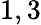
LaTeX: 1,3